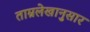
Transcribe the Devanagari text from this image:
ताम्रलेखानुसार